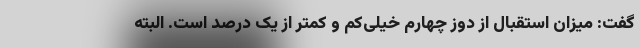
گفت: میزان استقبال از دوز چهارم خیلی‌کم و کمتر از یک درصد است. البته